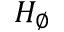
H _ { \varnothing }